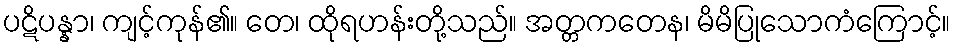
ပဋိပန္နာ၊ ကျင့်ကုန်၏။ တေ၊ ထိုရဟန်းတို့သည်။ အတ္တကတေန၊ မိမိပြုသောကံကြောင့်။